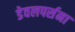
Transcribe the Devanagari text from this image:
डेवलपर्सना